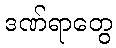
ဒဏ်ရာတွေ